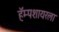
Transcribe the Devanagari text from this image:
हॅम्पशायरला